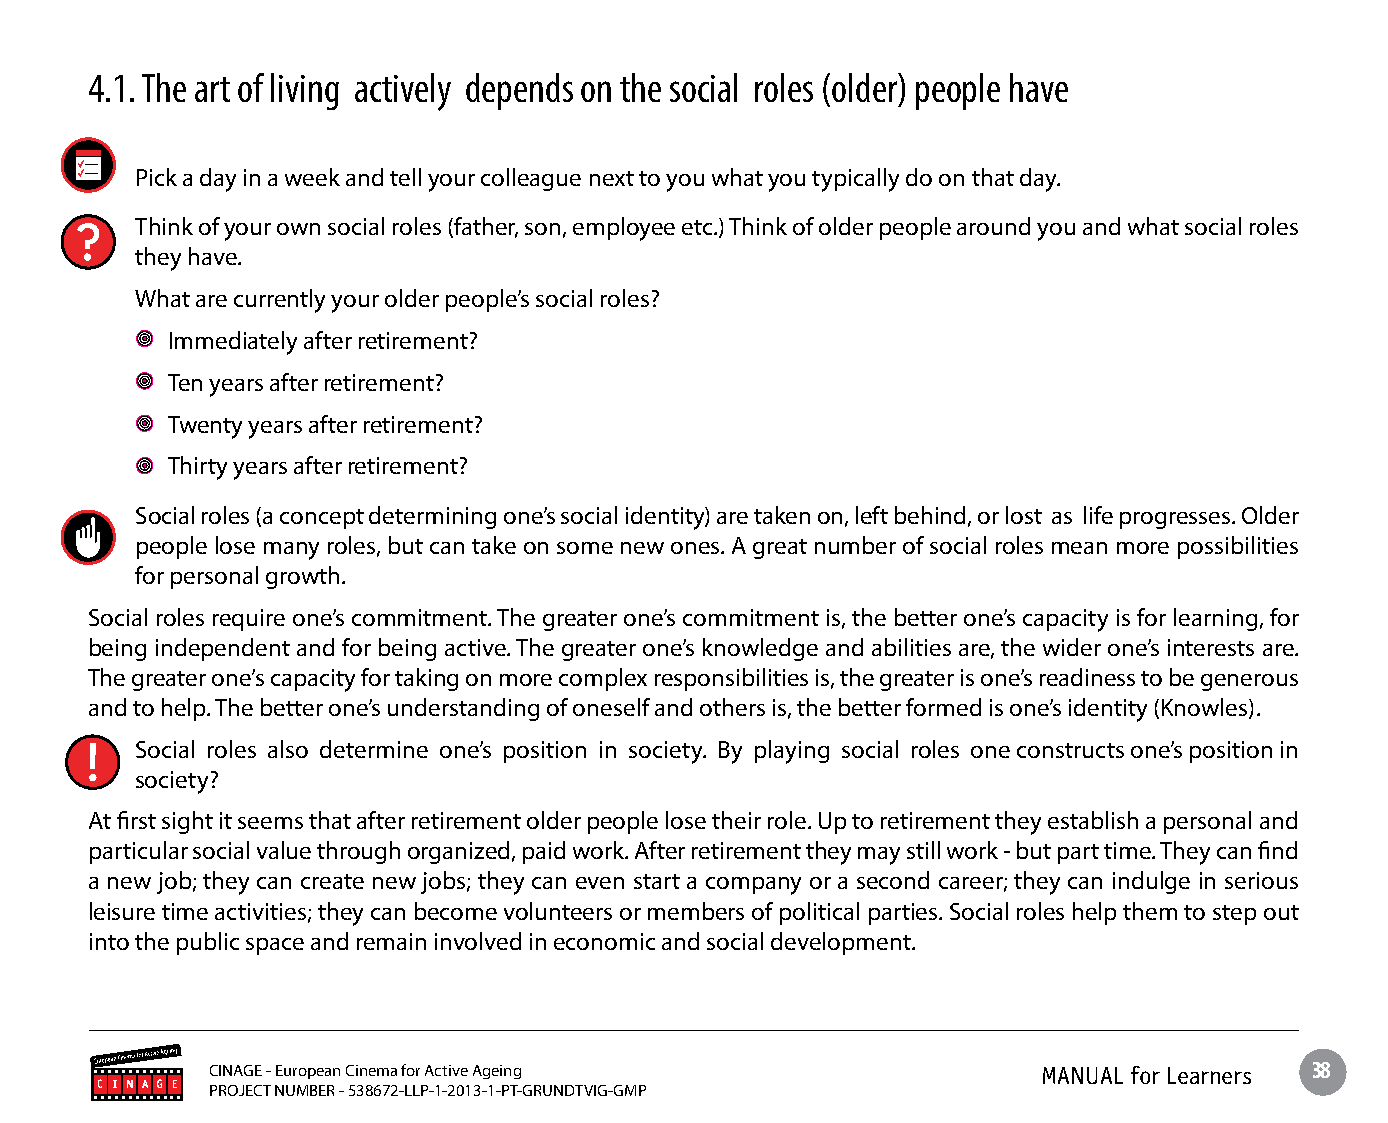
4.1. The art of living actively depends on the social roles (older) people have
 Pick a day in a week and tell your colleague next to you what you typically do on that day.
 Think of your own social roles (father, son, employee etc.) Think of older people around you and what social roles
 they have.
 What are currently your older people’s social roles?
 Immediately after retirement?
 Ten years after retirement?
 Twenty years after retirement?
 Thirty years after retirement?
 Social roles (a concept determining one’s social identity) are taken on, left behind, or lost as life progresses. Older
 people lose many roles, but can take on some new ones. A great number of social roles mean more possibilities
 for personal growth.
 Social roles require one’s commitment. The greater one’s commitment is, the better one’s capacity is for learning, for
 being independent and for being active. The greater one’s knowledge and abilities are, the wider one’s interests are.
 The greater one’s capacity for taking on more complex responsibilities is, the greater is one’s readiness to be generous
 and to help. The better one’s understanding of oneself and others is, the better formed is one’s identity (Knowles).
 Social roles also determine one’s position in society. By playing social roles one constructs one’s position in
 society?
 At first sight it seems that after retirement older people lose their role. Up to retirement they establish a personal and
 particular social value through organized, paid work. After retirement they may still work - but part time. They can find
 a new job; they can create new jobs; they can even start a company or a second career; they can indulge in serious
 leisure time activities; they can become volunteers or members of political parties. Social roles help them to step out
 into the public space and remain involved in economic and social development.
 CINAGE - European Cinema for Active Ageing             MANUAL for Learners 38
 PROJECT NUMBER - 538672-LLP-1-2013-1-PT-GRUNDTVIG-GMP